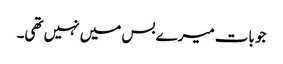
جو بات میرے بس میں نہیں تھی۔